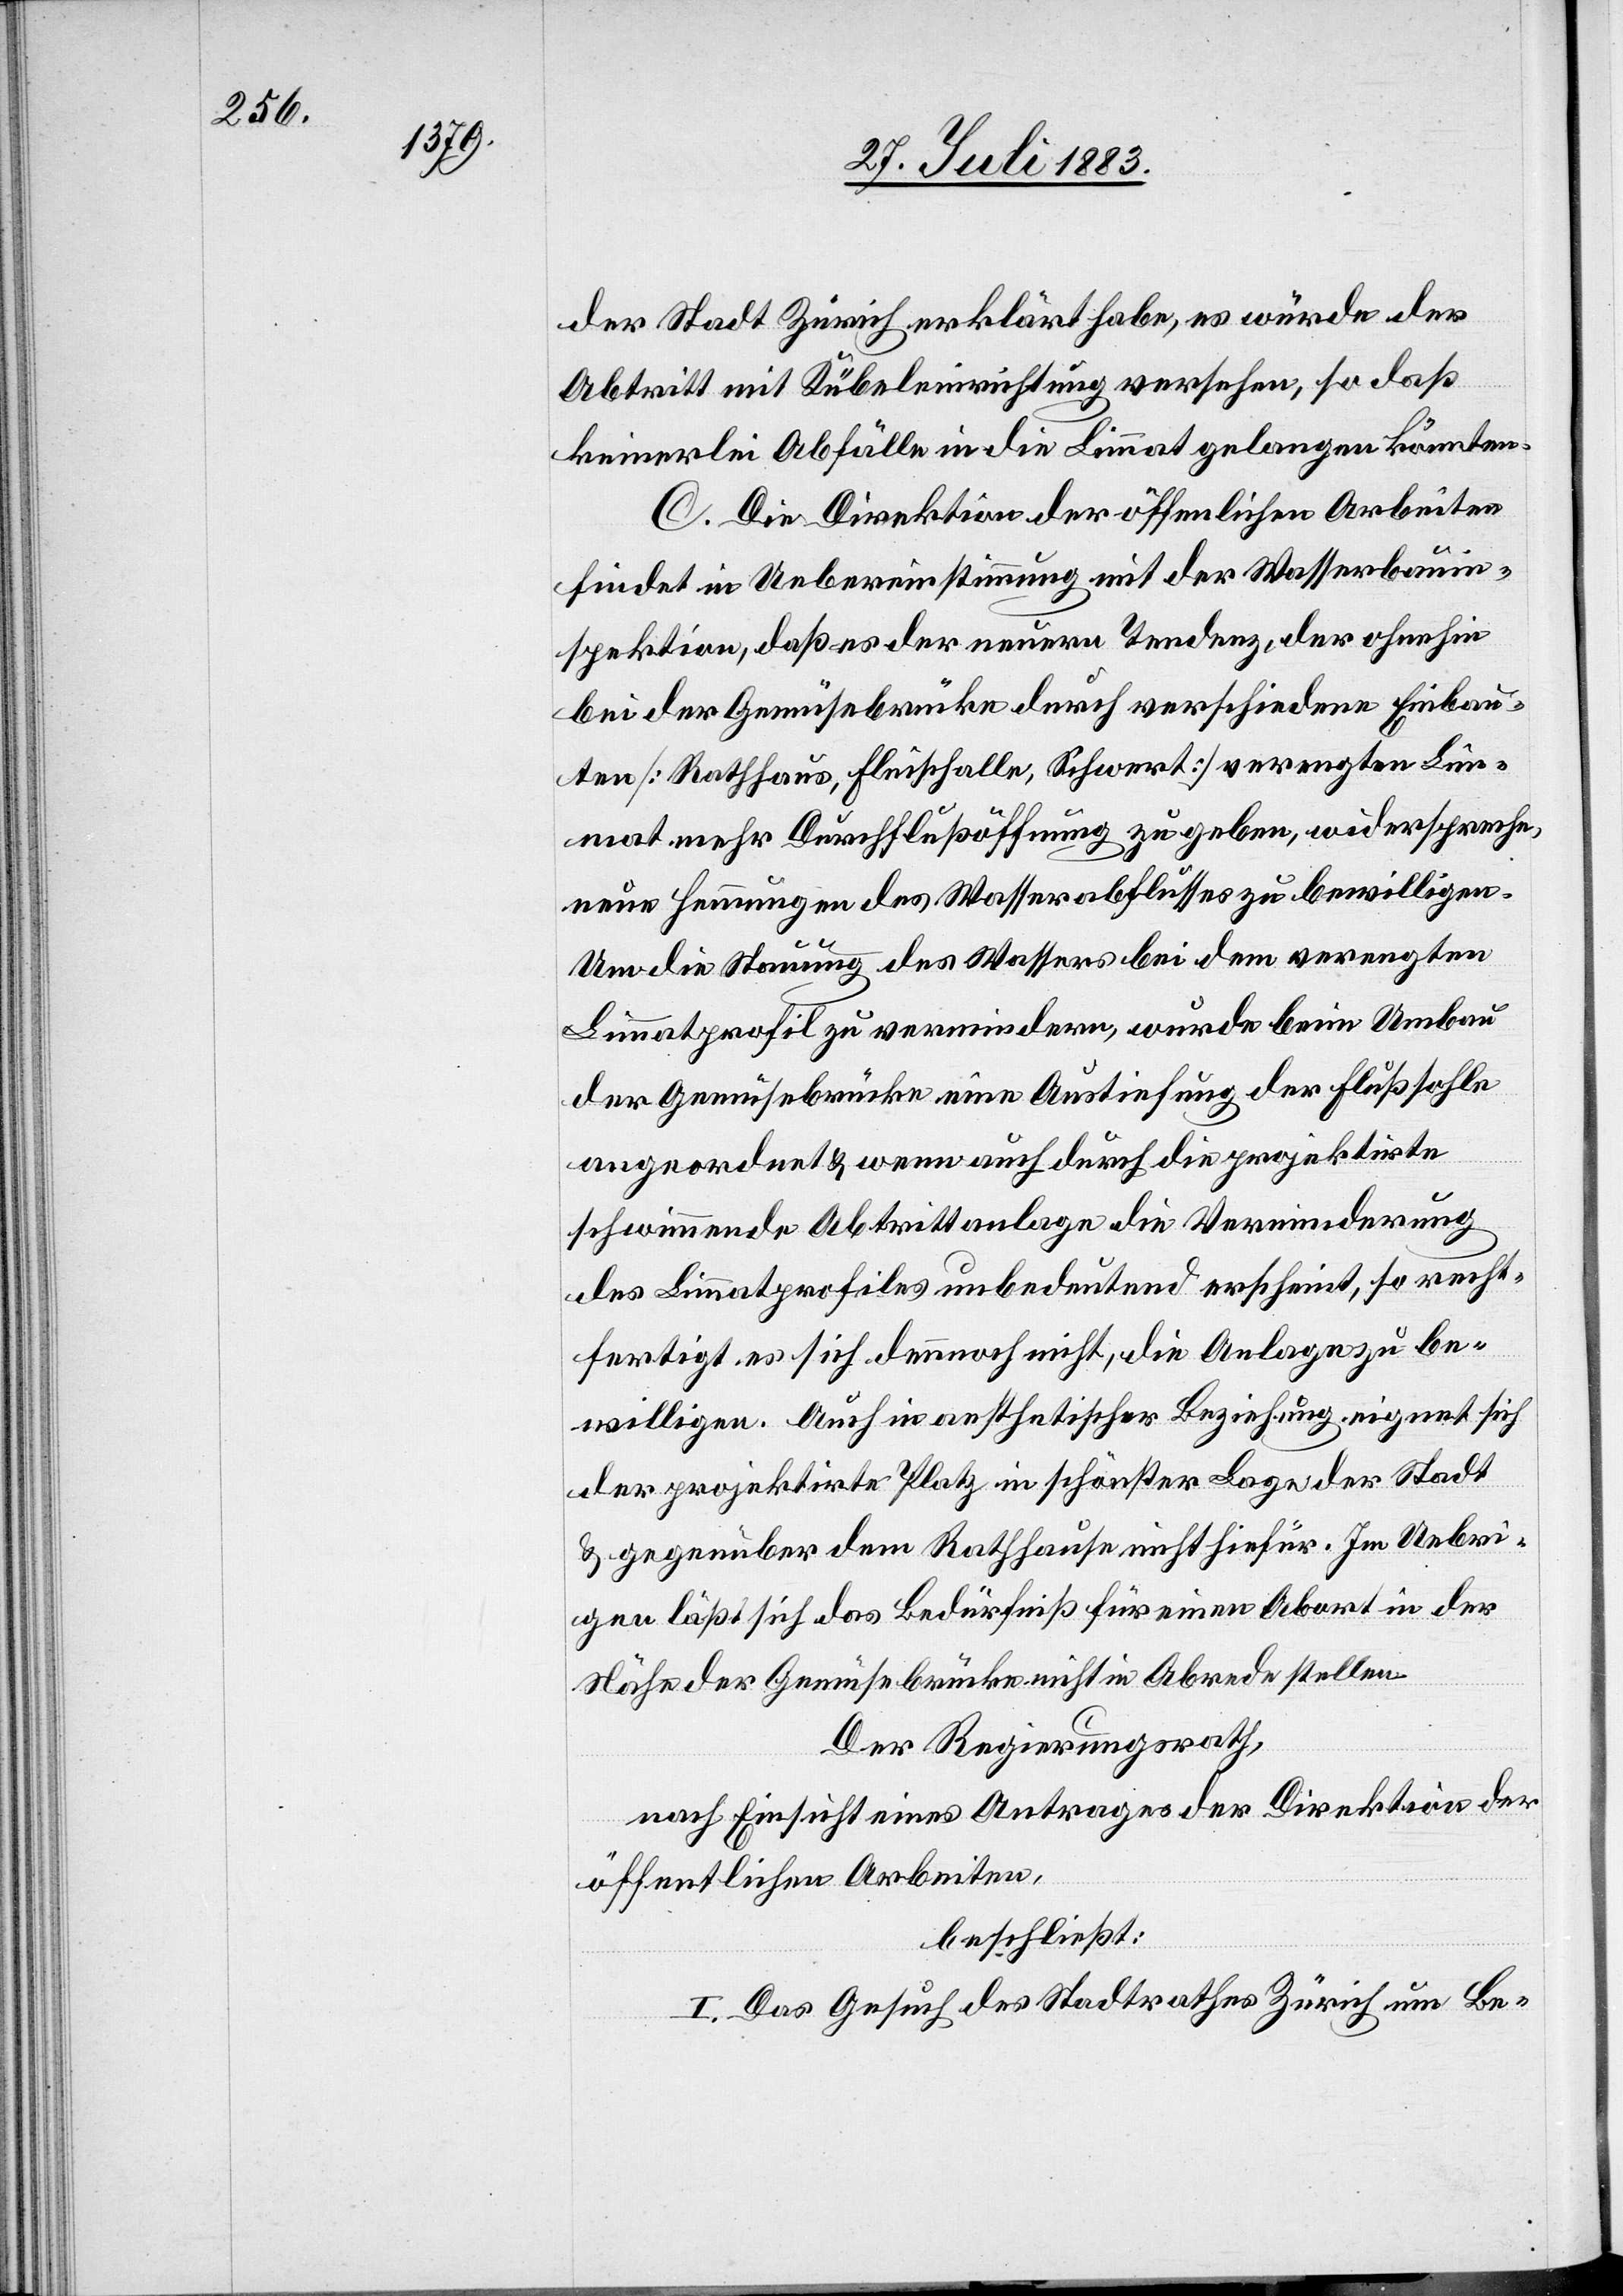
der Stadt Zürich erklärt habe, es würde der
Abtritt mit Kübeleinrichtung versehen, so daß
keinerlei Abfälle in die Limmat gelangen könnten.
C. Die Direktion der öffentlichen Arbeiten
findet in Uebereinstimmung mit der Wasserbauin¬
spektion, daß es der neuern Tendenz, der ohnehin
bei der Gemüsebrücke durch verschiedene Einbau¬
ten [Rathhaus, Fleischalle [sic!], Schwert] verengten Lim¬
mat mehr Durchflußöffnung zu geben, widerspreche,
neue Hemmungen des Wasserabflusses zu bewilligen.
Um de Stauung des Wassers bei dem verengten
Limmatprofil zu vermeiden, wurde beim Umbau
der Gemüsebrücke eine Austiefung der Flußsohle
angeordnet & wenn auch durch die projektirte
schwimmende Abtrittanlage die Verminderung
des Limmatprofils unbedeutend erscheint, so recht¬
fertigt es sich dennoch nicht, die Anlage zu be¬
willigen. Auch in aestetischer Beziehung eignet sich
der projektirte Platz in schönster Lage der Stadt
& gegenüber dem Rathhause nicht hiefür. Im Uebri¬
gen läßt sich das Bedürfniß für einen Abort in der
Nähe der Gemüsebrücke nicht in Abrede stellen.
Der Regierungsrath,
nach Einsicht eines Antrages der Direktion der
öffentlichen Arbeiten,
beschließt:
I. Das Gesuch des Stadtrath Zürich um Be-